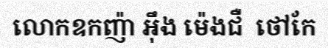
លោកឧកញ៉ា អ៊ឹង ម៉េងជឺ  ថៅកែ